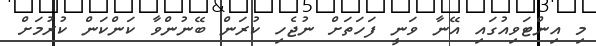
މި އިންޓަވިއުގައި އޭނާ ވަނީ ފަހަތަށް ނުޖެހި ކުރަން ބޭނުންވާ ކަންކަން ކުރުމަށް